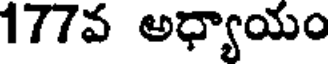
177వ అధ్యాయం